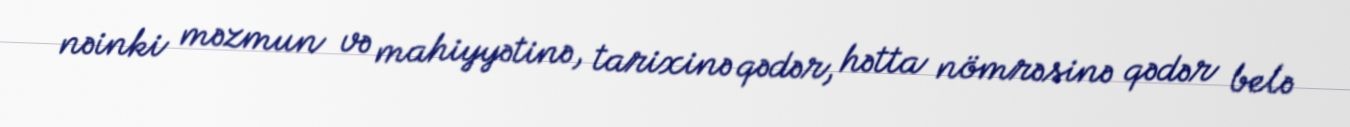
nəinki məzmun və mahiyyətinə, tarixinə qədər, hətta nömrəsinə qədər belə